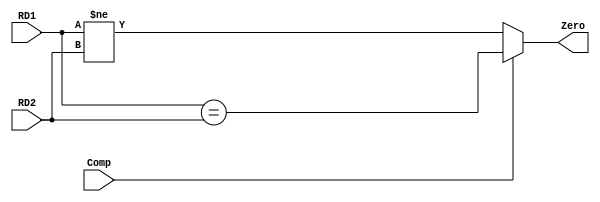
`timescale 1ns / 1ps

module Compare(RD1, RD2, Comp, Zero);
	
	input signed [31:0] RD1, RD2;
	input Comp;
	output Zero;
	
	assign Zero = Comp ? (RD1 == RD2) : (RD1 != RD2);


endmodule